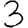
Digit: 3